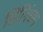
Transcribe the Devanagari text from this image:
डिलिंघम